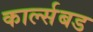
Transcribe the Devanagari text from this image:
कार्ल्सबड